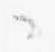
之